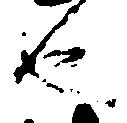
也